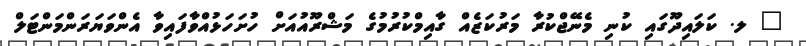
_ ލ. ކަލައިދޫގައި ކުނި މެނޭޖްކުރާ މަރުކަޒެއް ގާއިމްކުރުމުގެ މަޝްރޫއުއަށް ހުށަހަޅުއްވާފައިވާ އެންވަޔަރަންމަންޓަލް